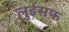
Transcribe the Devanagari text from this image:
लुईसफ